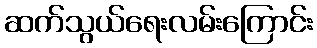
ဆက်သွယ်ရေးလမ်းကြောင်း